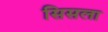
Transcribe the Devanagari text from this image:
सिसला